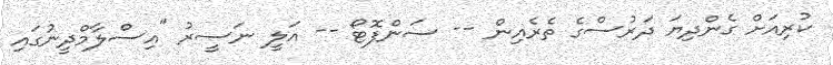
ކުރިއަށް ގެންދިޔަ ދަރުސްގެ ތެރެއިިން -- ސަންފޮޓޯ -- އަލީ ނަސީރު "އިސްލާމްދީނުގައި